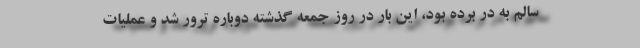
سالم به در برده بود، این بار در روز جمعه گذشته دوباره ترور شد و عملیات